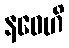
နဝေဟိ